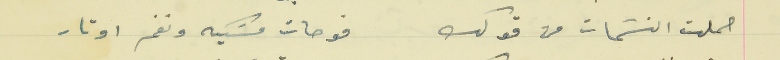
حملت النسَمات من قولك                                  فوحات مسَكيه ونغم اوتار